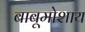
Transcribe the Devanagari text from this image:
बाबूमोशाय